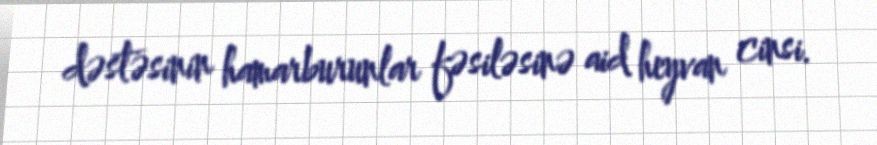
dəstəsinin hamarburunlar fəsiləsinə aid heyvan cinsi.